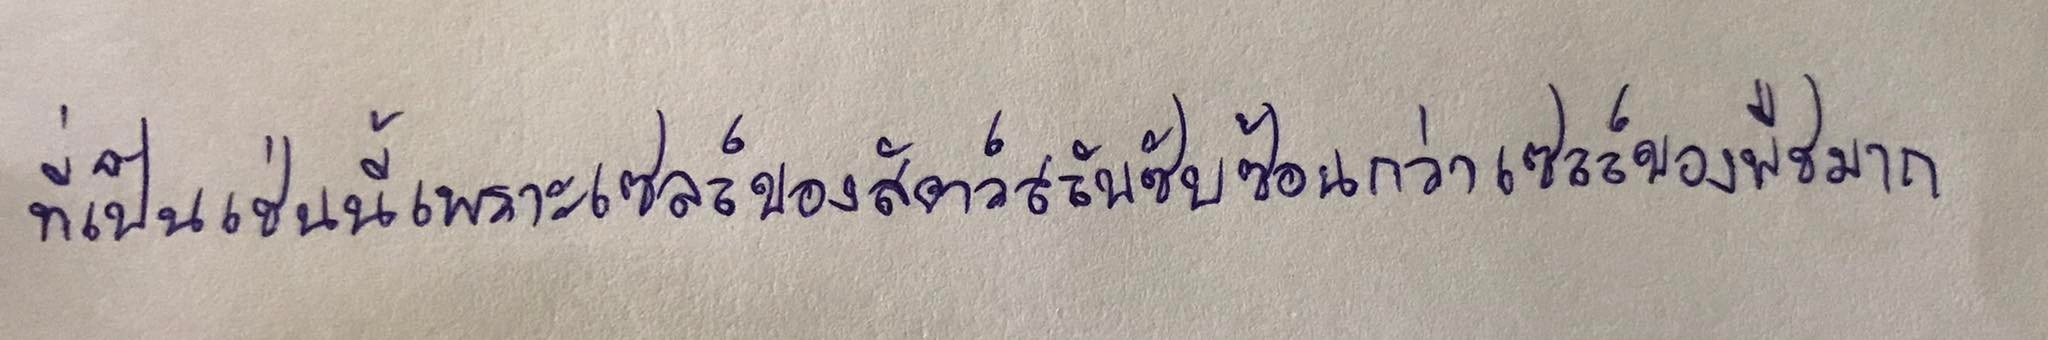
ที่เป็นเช่นนี้เพราะเซลล์ของสัตว์สลับซับซ้อนกว่าเซลล์ของพืชมาก